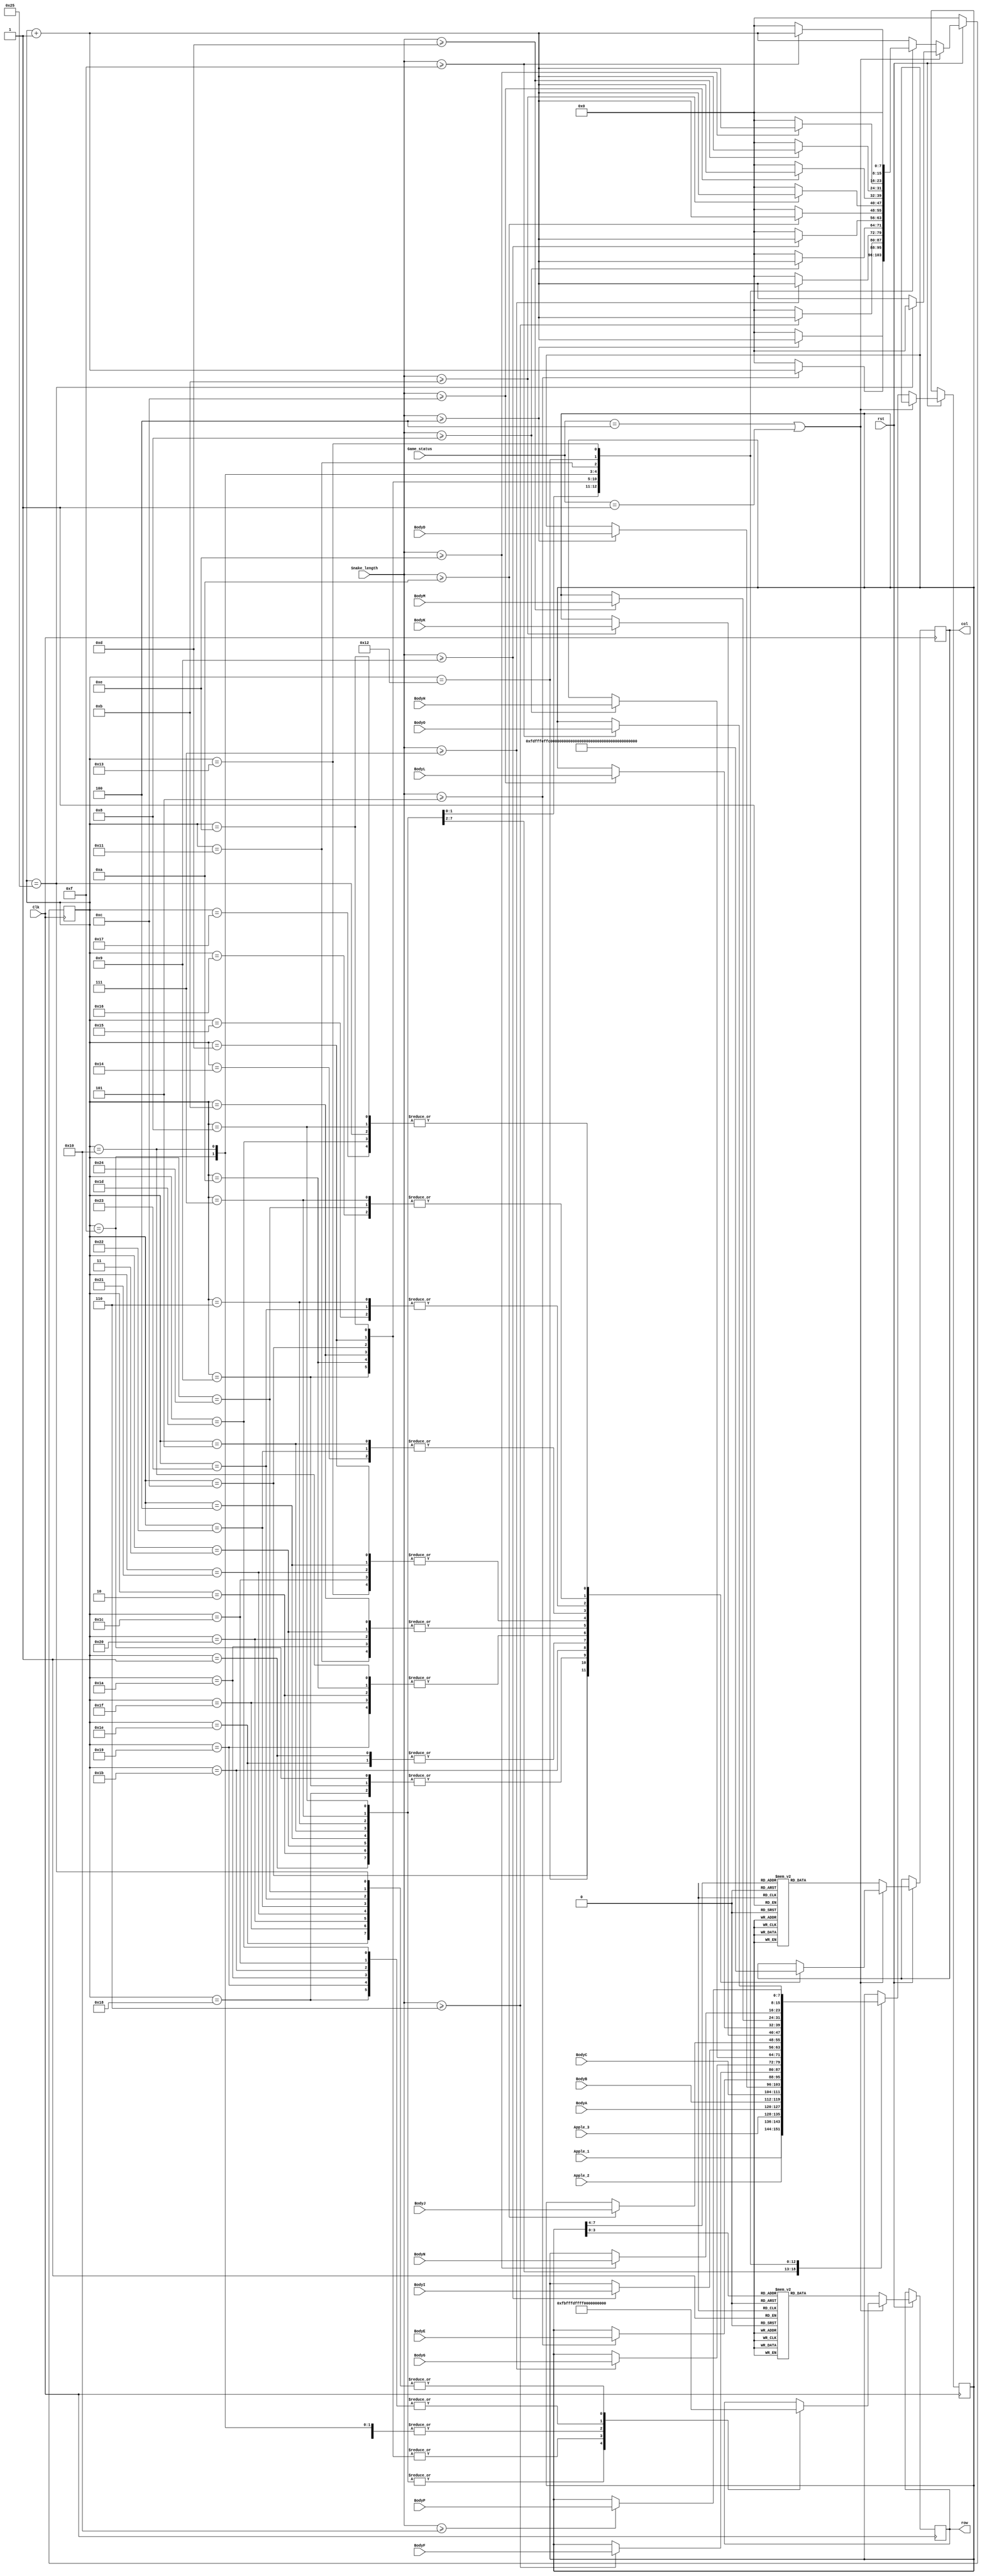
module Array_decoder
(
	input Clk,
	input rst,
	input [7:0] BodyA,
	input [7:0] BodyB,
	input [7:0] BodyC,
	input [7:0] BodyD,
	input [7:0] BodyE,
	input [7:0] BodyF,
	input [7:0] BodyG,
	input [7:0] BodyH,
	input [7:0] BodyI,
	input [7:0] BodyJ,
	input [7:0] BodyK,
	input [7:0] BodyL,
	input [7:0] BodyM,
	input [7:0] BodyN,
	input [7:0] BodyO,
	input [7:0] BodyP,
	input [7:0] Snake_length,
	input [7:0] Apple_1,
	input [7:0] Apple_2,
	input [7:0] Apple_3,
	input [2:0] Game_status,
	output reg [15:0] row,
	output reg [15:0] col
	);
parameter   END = 3'b100;
parameter START = 3'b001;

reg [7:0] counter;
reg [7:0] select;

always@(posedge Clk)begin
	if(~rst)begin
		counter <= 0;
	end
	else if(Game_status == END | Game_status == START) begin
		counter <= counter + 1;
		case(counter)
			8'd1:begin 
				col <= ~16'b0010_0000_0000_0000;
				row <= ~16'b0000_0100_0000_0000;
				end
			8'd2:begin 
				col <= ~16'b0001_0000_0000_0000;
				row <= ~16'b0000_0100_0000_0000;
				end
			8'd3:begin 
				col <= ~16'b0000_0100_0000_0000;
				row <= ~16'b0000_0100_0000_0000;
				end
			8'd4:begin 
				col <= ~16'b0000_0000_0100_0000;
				row <= ~16'b0000_0100_0000_0000;
				end
			8'd5:begin 
				col <= ~16'b0000_0000_0001_0000;
				row <= ~16'b0000_0100_0000_0000;
				end
			8'd6:begin 
				col <= ~16'b0000_0000_0000_1000;
				row <= ~16'b0000_0100_0000_0000;
				end
			8'd7:begin 
				col <= ~16'b0000_0000_0000_0100;
				row <= ~16'b0000_0100_0000_0000;
				end
			8'd8:begin 
				col <= ~16'b0000_0000_0000_0010;
				row <= ~16'b0000_0100_0000_0000;
				end

			8'd9:begin 
				col <= ~16'b0100_0000_0000_0000;
				row <= ~16'b0000_0010_0000_0000;
				end
			8'd10:begin 
				col <= ~16'b0001_0000_0000_0000;
				row <= ~16'b0000_0010_0000_0000;
				end
			8'd11:begin 
				col <= ~16'b0000_0100_0000_0000;
				row <= ~16'b0000_0010_0000_0000;
				end
			8'd12:begin 
				col <= ~16'b0000_0010_0000_0000;
				row <= ~16'b0000_0010_0000_0000;
				end
			8'd13:begin 
				col <= ~16'b0000_0000_0100_0000;
				row <= ~16'b0000_0010_0000_0000;
				end
			8'd14:begin 
				col <= ~16'b0000_0000_0000_0010;
				row <= ~16'b0000_0010_0000_0000;
				end

			8'd15:begin 
				col <= ~16'b0100_0000_0000_0000;
				row <= ~16'b0000_0001_0000_0000;
				end
			8'd16:begin 
				col <= ~16'b0001_0000_0000_0000;
				row <= ~16'b0000_0001_0000_0000;
				end
			8'd17:begin 
				col <= ~16'b0000_0100_0000_0000;
				row <= ~16'b0000_0001_0000_0000;
				end
			8'd18:begin 
				col <= ~16'b0000_0001_0000_0000;
				row <= ~16'b0000_0001_0000_0000;
				end
			8'd19:begin 
				col <= ~16'b0000_0000_0100_0000;
				row <= ~16'b0000_0001_0000_0000;
				end
			8'd20:begin 
				col <= ~16'b0000_0000_0001_0000;
				row <= ~16'b0000_0001_0000_0000;
				end
			8'd21:begin 
				col <= ~16'b0000_0000_0000_1000;
				row <= ~16'b0000_0001_0000_0000;
				end
			8'd22:begin 
				col <= ~16'b0000_0000_0000_0100;
				row <= ~16'b0000_0001_0000_0000;
				end
			8'd23:begin 
				col <= ~16'b0000_0000_0000_0010;
				row <= ~16'b0000_0001_0000_0000;
				end
			
			8'd24:begin 
				col <= ~16'b0100_0000_0000_0000;
				row <= ~16'b0000_0000_1000_0000;
				end
			8'd25:begin 
				col <= ~16'b0001_0000_0000_0000;
				row <= ~16'b0000_0000_1000_0000;
				end
			8'd26:begin 
				col <= ~16'b0000_0100_0000_0000;
				row <= ~16'b0000_0000_1000_0000;
				end
			8'd27:begin 
				col <= ~16'b0000_0000_1000_0000;
				row <= ~16'b0000_0000_1000_0000;
				end
			8'd28:begin 
				col <= ~16'b0000_0000_0100_0000;
				row <= ~16'b0000_0000_1000_0000;
				end
			8'd29:begin 
				col <= ~16'b0000_0000_0000_0010;
				row <= ~16'b0000_0000_1000_0000;
				end

			8'd30:begin 
				col <= ~16'b0010_0000_0000_0000;
				row <= ~16'b0000_0000_0100_0000;
				end
			8'd31:begin 
				col <= ~16'b0001_0000_0000_0000;
				row <= ~16'b0000_0000_0100_0000;
				end
			8'd32:begin 
				col <= ~16'b0000_0100_0000_0000;
				row <= ~16'b0000_0000_0100_0000;
				end
			8'd33:begin 
				col <= ~16'b0000_0000_0100_0000;
				row <= ~16'b0000_0000_0100_0000;
				end
			8'd34:begin 
				col <= ~16'b0000_0000_0001_0000;
				row <= ~16'b0000_0000_0100_0000;
				end
			8'd35:begin 
				col <= ~16'b0000_0000_0000_1000;
				row <= ~16'b0000_0000_0100_0000;
				end
			8'd36:begin 
				col <= ~16'b0000_0000_0000_0100;
				row <= ~16'b0000_0000_0100_0000;
				end
			8'd37:begin 
				col <= ~16'b0000_0000_0000_0010;
				row <= ~16'b0000_0000_0100_0000;
				
				counter <= 0;
				end
			endcase
	end
	else begin
		counter <= counter + 1;
		case(counter)
			8'd1:select <= Apple_1;
			8'd2:select <= Apple_2;
			8'd3:select <= Apple_3;
			8'd4:select <= BodyA;
			8'd5:select <= BodyB;
			8'd6:select <= BodyC;
			8'd7:begin
				if(Snake_length >= 4) select <= BodyD; 
				else counter <= 0;
				end
			8'd8:begin
				if(Snake_length >= 5) select <= BodyE;
				else counter <= 0;
				end
			8'd9:begin
				if(Snake_length >= 6) select <= BodyF;
				else counter <= 0;
				end
			8'd10:begin
				if(Snake_length >= 7) select <= BodyG;
				else counter <= 0;
				end
			8'd11:begin
				if(Snake_length >= 8) select <= BodyH;
				else counter <= 0;
				end
			8'd12:begin
				if(Snake_length >= 9) select <= BodyI;
				else counter <= 0;
				end
			8'd13:begin
				if(Snake_length >= 10) select <= BodyJ;
				else counter <= 0;
				end
			8'd14:begin
				if(Snake_length >= 11) select <= BodyK;
				else counter <= 0;
				end
			8'd15:begin
				if(Snake_length >= 12) select <= BodyL;
				else counter <= 0;
				end
			8'd16:begin
				if(Snake_length >= 13) select <= BodyM;
				else counter <= 0;
				end
			8'd17:begin
				if(Snake_length >= 14) select <= BodyN;
				else counter <= 0;
				end
			8'd18:begin
				if(Snake_length >= 15) select <= BodyO;
				else counter <= 0;
				end
			8'd19:begin
				if(Snake_length >= 16) select <= BodyP;
				else counter <= 0;
				counter <= 0;
				end
		endcase
		case(select[7:4])
			4'd0:	col <= ~(16'b1000_0000_0000_0000);
			4'd1:	col <= ~16'b0100_0000_0000_0000;
			4'd2:	col <= ~16'b0010_0000_0000_0000;
			4'd3:	col <= ~16'b0001_0000_0000_0000;
			4'd4:	col <= ~16'b0000_1000_0000_0000;
			4'd5:	col <= ~16'b0000_0100_0000_0000;
			4'd6:	col <= ~16'b0000_0010_0000_0000;
			4'd7:	col <= ~16'b0000_0001_0000_0000;
			4'd8:	col <= ~16'b0000_0000_1000_0000;
			4'd9:	col <= ~16'b0000_0000_0100_0000;
			4'd10:	col <= ~16'b0000_0000_0010_0000;
			4'd11:	col <= ~16'b0000_0000_0001_0000;
			4'd12:	col <= ~16'b0000_0000_0000_1000;
			4'd13:	col <= ~16'b0000_0000_0000_0100;
			4'd14:	col <= ~16'b0000_0000_0000_0010;
			4'd15:	col <= ~16'b0000_0000_0000_0001;
		endcase
		case(select[3:0])
			4'd0:	row <= ~16'b1000_0000_0000_0000;
			4'd1:	row <= ~16'b0100_0000_0000_0000;
			4'd2:	row <= ~16'b0010_0000_0000_0000;
			4'd3:	row <= ~16'b0001_0000_0000_0000;
			4'd4:	row <= ~16'b0000_1000_0000_0000;
			4'd5:	row <= ~16'b0000_0100_0000_0000;
			4'd6:	row <= ~16'b0000_0010_0000_0000;
			4'd7:	row <= ~16'b0000_0001_0000_0000;
			4'd8:	row <= ~16'b0000_0000_1000_0000;
			4'd9:	row <= ~16'b0000_0000_0100_0000;
			4'd10:	row <= ~16'b0000_0000_0010_0000;
			4'd11:	row <= ~16'b0000_0000_0001_0000;
			4'd12:	row <= ~16'b0000_0000_0000_1000;
			4'd13:	row <= ~16'b0000_0000_0000_0100;
			4'd14:	row <= ~16'b0000_0000_0000_0010;
			4'd15:	row <= ~16'b0000_0000_0000_0001;
		endcase
	end
end
endmodule